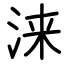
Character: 涞